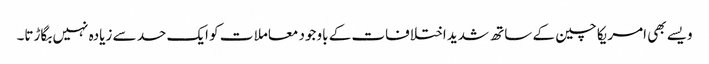
ویسے بھی امریکا چین کے ساتھ شدید اختلافات کے باوجود معاملا ت کو ایک حد سے زیادہ نہیں بگاڑتا۔